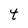
Character: t